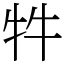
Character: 牪